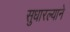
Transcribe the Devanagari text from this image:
सुधारल्याने